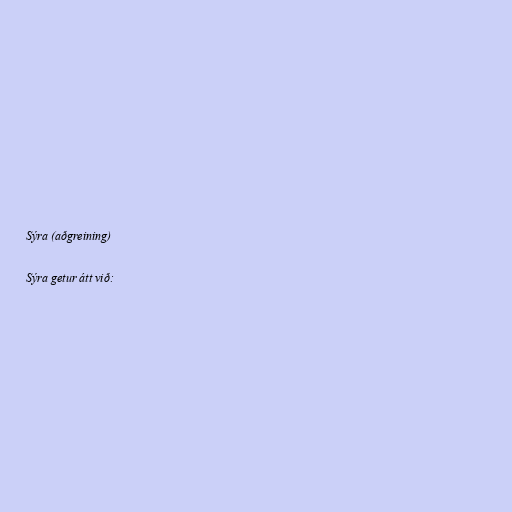
Sýra (aðgreining)

Sýra getur átt við: